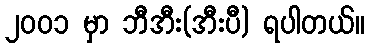
၂၀၀၁ မှာ ဘီအီး(အီးပီ) ရပါတယ်။